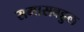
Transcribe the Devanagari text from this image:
समासबहुल